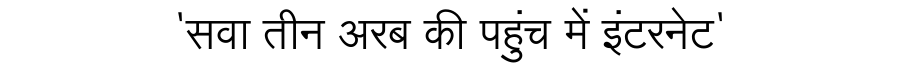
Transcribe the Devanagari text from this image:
'सवा तीन अरब की पहुंच में इंटरनेट'